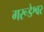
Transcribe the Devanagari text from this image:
गरूडेश्वर